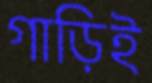
গাড়িই